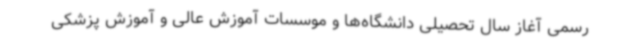
رسمی آغاز سال تحصیلی دانشگاه‌ها و موسسات آموزش عالی و آموزش پزشکی